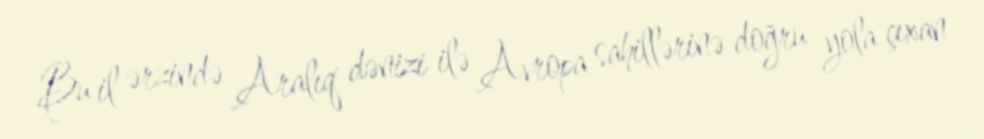
Bu il ərzində Aralıq dənizi ilə Avropa sahillərinə doğru yola çıxan